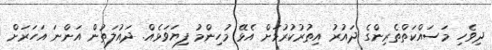
ދިވެހި މަސައްކަތްތެރިންގެ ދައުރު އިތުރުކުރުމަށް އެޅޭ މުހިންމު ފިޔަވަޅެއް. ދައުލަތުން އަންނަ އަހަރަށް